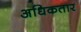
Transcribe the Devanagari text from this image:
अधिकतार